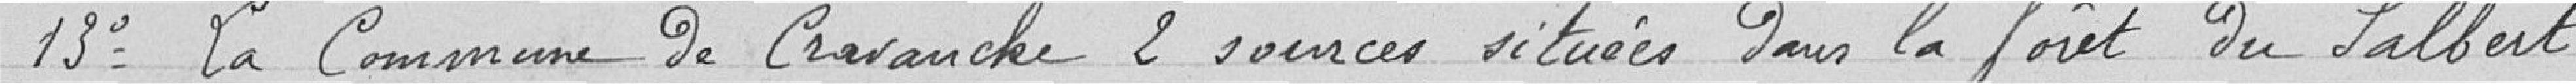
13° La commune de Cravanche 2 sources situées dans la forêt du Salbert